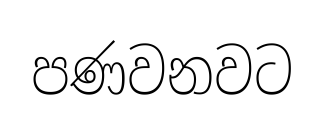
පණවනවට